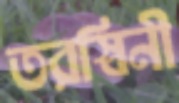
তরস্বিনী